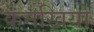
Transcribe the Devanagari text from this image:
कनखियों